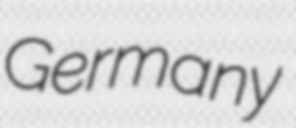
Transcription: Germany